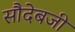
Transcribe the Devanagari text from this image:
सौदेबजी